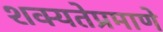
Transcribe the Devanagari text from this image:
शक्यतेप्रमाणे